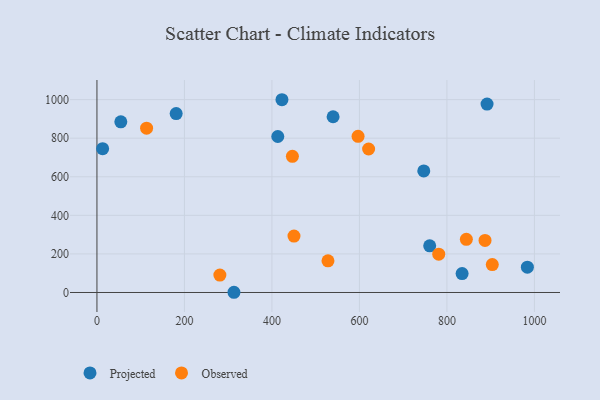
{"axis": {"x": "Investment", "y": "Sales"}, "legend": ["Observed", "Projected"], "data": [{"x": "313.2", "y": 1.1, "type": "Projected"}, {"x": "181.1", "y": 927.8, "type": "Projected"}, {"x": "54.6", "y": 884.8, "type": "Projected"}, {"x": "983.9", "y": 131.3, "type": "Projected"}, {"x": "891.7", "y": 977.1, "type": "Projected"}, {"x": "422.9", "y": 999.4, "type": "Projected"}, {"x": "760.6", "y": 241.7, "type": "Projected"}, {"x": "539.8", "y": 911.2, "type": "Projected"}, {"x": "834.7", "y": 98.1, "type": "Projected"}, {"x": "13.0", "y": 745.8, "type": "Projected"}, {"x": "747.1", "y": 630.5, "type": "Projected"}, {"x": "413.4", "y": 808.8, "type": "Projected"}, {"x": "887.1", "y": 270.1, "type": "Observed"}, {"x": "781.3", "y": 198.6, "type": "Observed"}, {"x": "113.5", "y": 851.8, "type": "Observed"}, {"x": "446.8", "y": 706.0, "type": "Observed"}, {"x": "450.4", "y": 292.7, "type": "Observed"}, {"x": "844.4", "y": 275.5, "type": "Observed"}, {"x": "903.7", "y": 144.9, "type": "Observed"}, {"x": "596.9", "y": 809.6, "type": "Observed"}, {"x": "621.0", "y": 744.0, "type": "Observed"}, {"x": "281.0", "y": 90.1, "type": "Observed"}, {"x": "528.1", "y": 164.1, "type": "Observed"}]}